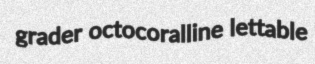
grader octocoralline lettable